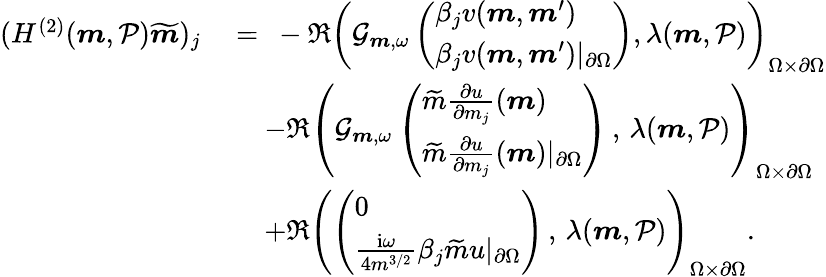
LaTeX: \begin{array}{rl}{(H^{(2)}(\boldsymbol{m},\mathcal{P})\widetilde{\boldsymbol{m}})_{j}\ }&{=\ -\Re\left(\mathcal{G}_{\boldsymbol{m},\omega}\left(\begin{array}{l}{\beta_{j}v(\boldsymbol{m},\boldsymbol{m}^{\prime})}\\ {\beta_{j}v(\boldsymbol{m},\boldsymbol{m}^{\prime})\vert_{\partial\Omega}}\end{array}\right),\lambda(\boldsymbol{m},\mathcal{P})\right)_{\Omega\times\partial\Omega}}\\ &{\quad-\Re\left(\mathcal{G}_{\boldsymbol{m},\omega}\left(\begin{array}{l}{\widetilde{m}\frac{\partial u}{\partial m_{j}}(\boldsymbol{m})}\\ {\widetilde{m}\frac{\partial u}{\partial m_{j}}(\boldsymbol{m})\vert_{\partial\Omega}}\end{array}\right)\, ,\, \lambda(\boldsymbol{m},\mathcal{P})\right)_{\Omega\times\partial\Omega}}\\ &{\quad+\Re\left(\left(\begin{array}{l}{0}\\ {\frac{\mathrm{i}\omega}{4m^{3/2}}\beta_{j}\widetilde{m}u\vert_{\partial\Omega}}\end{array}\right)\, ,\, \lambda(\boldsymbol{m},\mathcal{P})\right)_{\Omega\times\partial\Omega}.}\end{array}